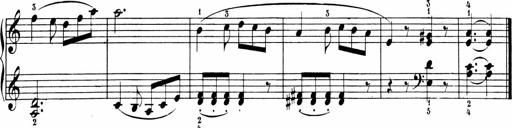
Title: Sonatinen Op.47, 98 und 136, nebst 6 Liedersonatinen
Composer: Carl Reinecke